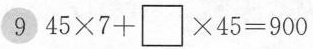
9 $$4 5 \times 7 + {\Box } \times 4 5 = 9 0 0$$